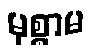
မုစ္စာမ